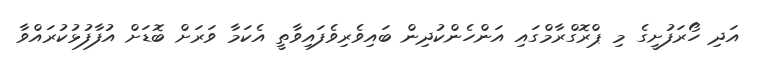
އަދި ހޯރަފުށީގެ މި ޕްރޮގްރާމްގައި އަންހެންކުދިން ބައިވެރިވެފައިވާތީ އެކަމާ ވަރަށް ބޮޑަށް އުފާފުޅުކުރައްވާ